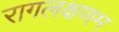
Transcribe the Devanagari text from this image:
रागलक्षणम